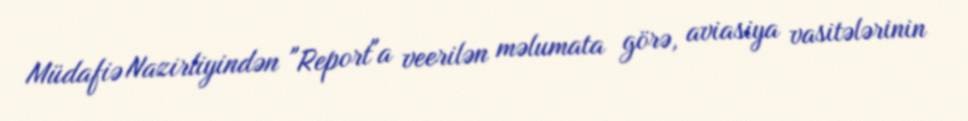
Müdafiə Nazirliyindən "Report"a veerilən məlumata görə, aviasiya vasitələrinin